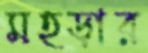
মহড়ার